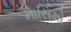
માસિમો